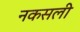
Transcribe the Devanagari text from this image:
नकसली